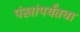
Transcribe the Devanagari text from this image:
पंखांपर्यंतचा